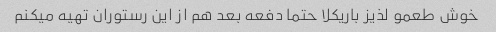
خوش طعمو لذیز باریکلا حتما دفعه بعد هم از این رستوران تهیه میکنم